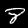
Label: 8